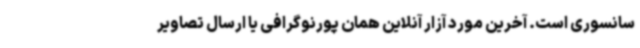
سانسوری است. آخرین مورد آزار آنلاین همان پورنوگرافی یا ارسال تصاویر